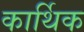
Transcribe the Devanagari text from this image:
कार्थिक